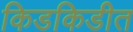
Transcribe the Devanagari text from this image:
किडकिडीत